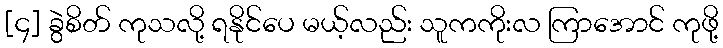
[၄] ခွဲစိတ် ကုသလို့ ရနိုင်ပေ မယ့်လည်း သူကကိုးလ ကြာအောင် ကုဖို့